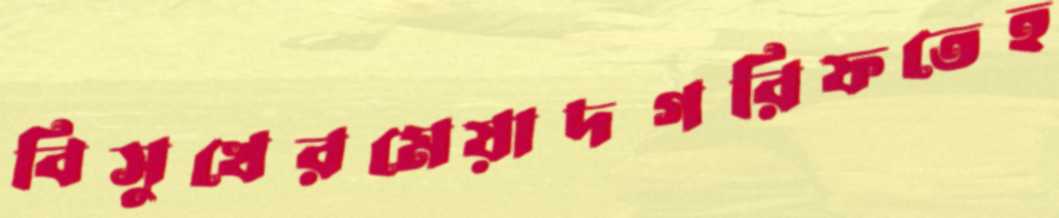
বিসুখেরমেয়াদগরিফতেহ